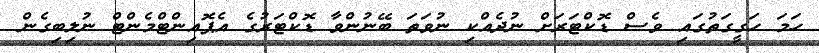
ހަމަ ހަގީގަތުގައި ވެސް ޑޮކްޓަރަށް ނުދެއްކި ނުވަތަ ބޭނުންވާ ޑޮކްޓަރުގެ އެޕޮއިންޓްމެންޓް ނުލިބިގެން